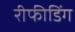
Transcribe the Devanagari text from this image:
रीफीडिंग